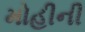
મોહીની